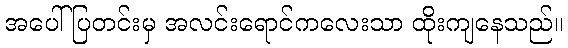
အပေါ် ပြတင်းမှ အလင်းရောင်ကလေးသာ ထိုးကျနေသည်။